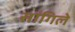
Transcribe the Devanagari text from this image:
सांगिले